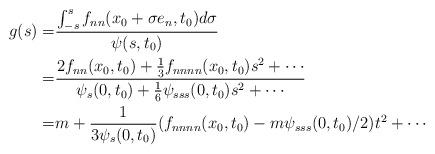
LaTeX: \begin{align*}g(s)=&\frac{\int_{-s}^{s}f_{nn}(x_0+\sigma e_n,t_0)d\sigma}{\psi(s,t_0)}\\=&\frac{2f_{nn}(x_0,t_0)+\frac{1}{3}f_{nnnn}(x_0,t_0)s^2+\cdots}{\psi_s(0,t_0)+\frac{1}{6}\psi_{sss}(0,t_0)s^2+\cdots}\\=&m+\frac{1}{3\psi_s(0,t_0)}(f_{nnnn}(x_0,t_0)-m\psi_{sss}(0,t_0)/2)t^2+\cdots\end{align*}